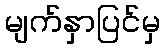
မျက်နှာပြင်မှ